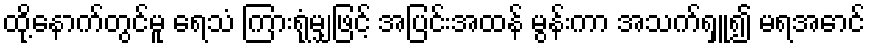
ထို့နောက်တွင်မူ ရေသံ ကြားရုံမျှဖြင့် အပြင်းအထန် မွန်းကာ အသက်ရှူ၍ မရအောင်